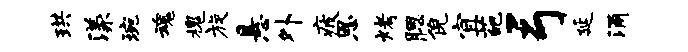
珙漾琬魂槐旋悬外疲恩烤腮倪宜葩弓延涌